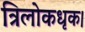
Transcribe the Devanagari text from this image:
त्रिलोकधृक।